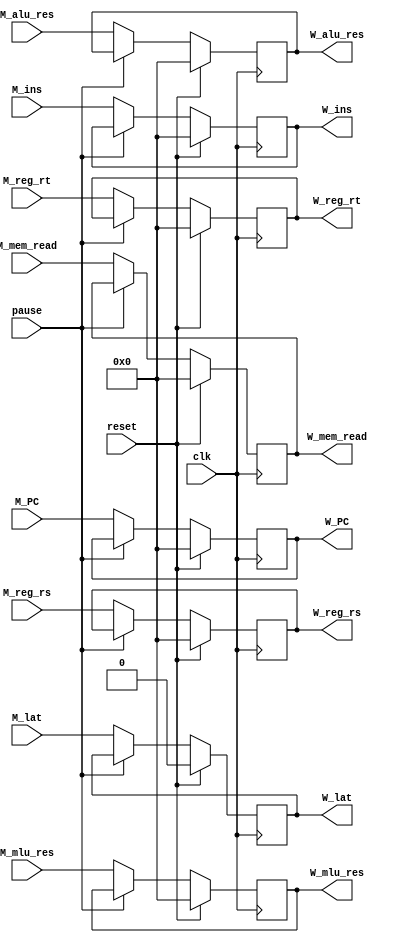
module MEM2WB(
    input clk, reset, pause,
    input [31:0] M_PC, M_ins, M_alu_res, M_reg_rs, M_reg_rt, M_mem_read, M_mlu_res,
    input M_lat,
    output reg [31:0] W_PC, W_ins, W_alu_res, W_reg_rs, W_reg_rt, W_mem_read, W_mlu_res,
    output reg W_lat
);
    initial begin
        W_PC = 0;
        W_ins = 0; 
        W_alu_res = 0; 
        W_mlu_res = 0;
        W_reg_rs = 0; 
        W_reg_rt = 0; 
        W_mem_read = 0;
        W_lat = 0;
    end

    always @(posedge clk) begin
        if (reset) begin
            W_PC = 0; 
            W_ins = 0; 
            W_alu_res = 0; 
            W_mlu_res = 0;
            W_reg_rs = 0; 
            W_reg_rt = 0; 
            W_mem_read = 0;
            W_lat = 0;
        end
        else if (!pause) begin
            W_PC <= M_PC; 
            W_ins <= M_ins; 
            W_alu_res <= M_alu_res; 
            W_mlu_res <= M_mlu_res;
            W_reg_rs <= M_reg_rs; 
            W_reg_rt <= M_reg_rt; 
            W_mem_read <= M_mem_read;
            W_lat <= M_lat;
        end
    end




endmodule